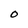
Character: O